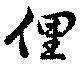
俚